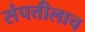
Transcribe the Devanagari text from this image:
संपत्तीलाच